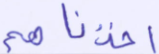
أخذناهم